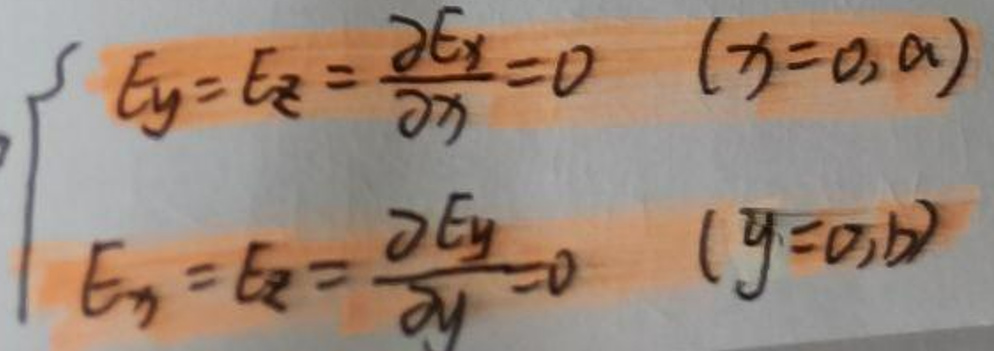
\[
\begin{cases}
E_y = E_z=\frac{\partial E_x}{\partial x}=0&(x = 0,a)\\
E_x = E_z=\frac{\partial E_y}{\partial y}=0&(y = 0,b)
\end{cases}
\]